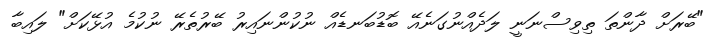
"ބޭރަށް ދާންތަ ތިވިސްނަނީ ލަދެއްނުގަނެއޭ ބޮޑުބަނޑެއް ނުކުންނައިރު ބޭރުތެރޭ ނުކުމެ އުޅޭކަށް" ލައިބާ